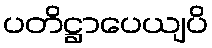
ပတိဋ္ဌာပေယျပိ